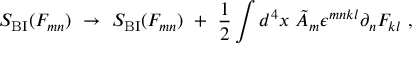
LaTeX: S _ { \mathrm { B I } } ( F _ { m n } ) \ \rightarrow \ S _ { \mathrm { B I } } ( F _ { m n } ) \ + \ { \frac { 1 } { 2 } } \int d ^ { 4 } x \ \tilde { A } _ { m } \epsilon ^ { m n k l } \partial _ { n } F _ { k l } \ ,